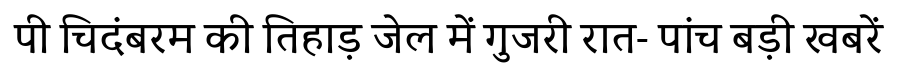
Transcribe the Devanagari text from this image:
पी चिदंबरम की तिहाड़ जेल में गुजरी रात- पांच बड़ी खबरें